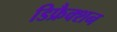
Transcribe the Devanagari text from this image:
डिफ्रैक्शन